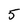
Character: 5